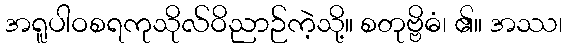
အရူပါဝစရကုသိုလ်ဝိညာဉ်ကဲ့သို့။ စတုဗ္ဗိဓံ၊ ၏။ အဿ၊